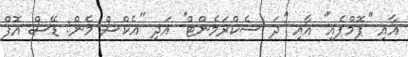
އާއި ''ޕޮމްޕެއި'' އާއި ''ދަ ސެކްރަމެންޓް'' އަދި ''އެކްސް މެން: ޑޭސް އޮފް